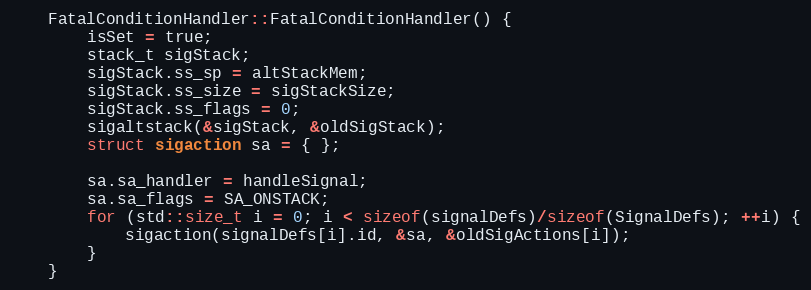
Language: C++
    FatalConditionHandler::FatalConditionHandler() {
        isSet = true;
        stack_t sigStack;
        sigStack.ss_sp = altStackMem;
        sigStack.ss_size = sigStackSize;
        sigStack.ss_flags = 0;
        sigaltstack(&sigStack, &oldSigStack);
        struct sigaction sa = { };

        sa.sa_handler = handleSignal;
        sa.sa_flags = SA_ONSTACK;
        for (std::size_t i = 0; i < sizeof(signalDefs)/sizeof(SignalDefs); ++i) {
            sigaction(signalDefs[i].id, &sa, &oldSigActions[i]);
        }
    }